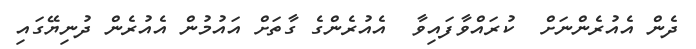
ދެން އެއުރެންނަށް  ކުރައްވާފައިވާ  އެއުރެންގެ ގާތަށް އައުމުން އެއުރެން ދުނިޔޭގައި